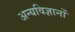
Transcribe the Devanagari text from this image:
अन्यविज्ञानों